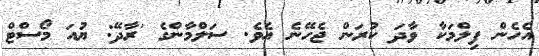
އެހެން ފިލްމަކާ ވާދަ ކުރަން ޖެހޭނެ އެވެ. ސަލްމާންގެ 'ރާދޭ: ޔުއަ މޯސްޓް